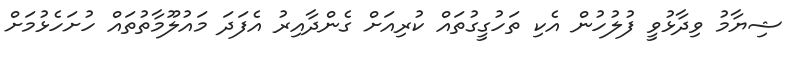
ޝިޔާމު ވިދާޅުވީ ފުލުހުން އެކި ތަހުގީގުތައް ކުރިއަށް ގެންދާއިރު އެފަދަ މައުލޫމާތުތައް ހުށަހެޅުމަށް